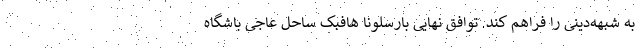
به شبهه‌دینی را فراهم کند. توافق نهایی بارسلونا هافبک ساحل عاجی باشگاه